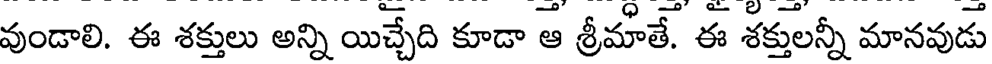
వుండాలి. ఈ శక్తులు అన్ని యిచ్చేది కూడా ఆ శ్రీమాతే. ఈ శక్తులన్నీ మానవుడు